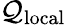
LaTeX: \mathcal{Q}_{\mathrm{local}}